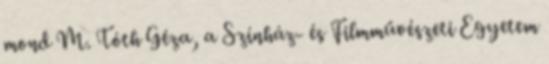
mond M. Tóth Géza, a Színház- és Filmművészeti Egyetem